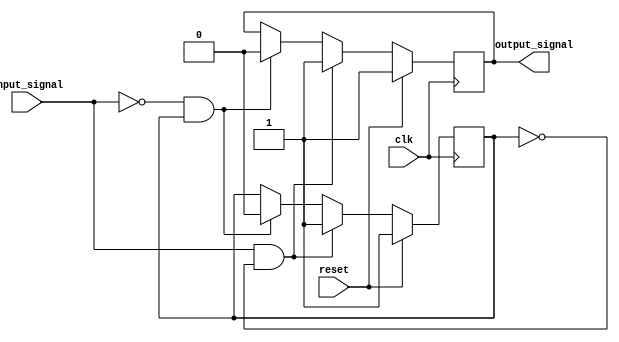
module schmitt_trigger(
    input wire clk,
    input wire reset,
    input wire input_signal,
    output reg output_signal
);

parameter high_threshold = 1'b1;
parameter low_threshold = 1'b0;

reg prev_output;

always @ (posedge clk) begin
    if(reset) begin
        output_signal <= high_threshold;
        prev_output <= high_threshold;
    end else begin
        if(input_signal == high_threshold && prev_output == low_threshold) begin
            output_signal <= high_threshold;
            prev_output <= high_threshold;
        end else if(input_signal == low_threshold && prev_output == high_threshold) begin
            output_signal <= low_threshold;
            prev_output <= low_threshold;
        end
    end
end

endmodule